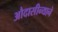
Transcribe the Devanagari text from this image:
औदासीन्याने